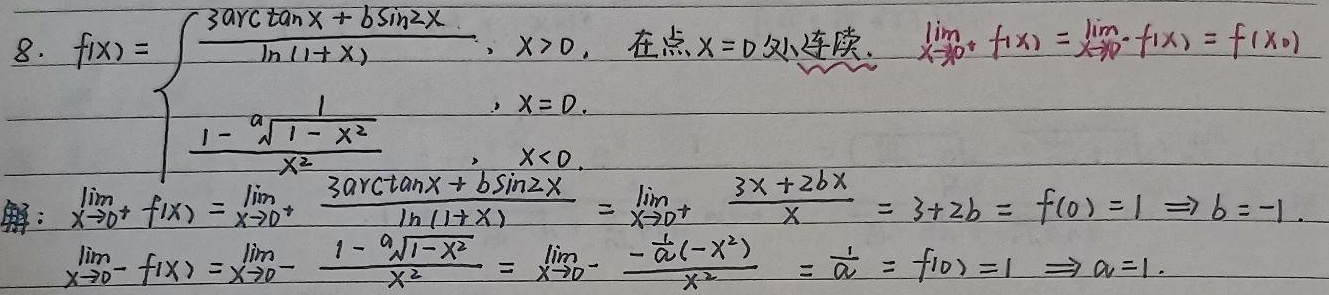
已知函数\(f(x)=\begin{cases}\frac{3\arctan x + b\sin 2x}{\ln(1 + x)},&x>0\\1,&x = 0\\\frac{1-\sqrt[a]{1 - x^{2}}}{x^{2}},&x<0\end{cases}\)在点\(x = 0\)处连续，即\(\lim\limits_{x\rightarrow0^{+}}f(x)=\lim\limits_{x\rightarrow0^{-}}f(x)=f(0)\)。

解：
\(\lim\limits_{x\rightarrow0^{+}}f(x)=\lim\limits_{x\rightarrow0^{+}}\frac{3\arctan x + b\sin 2x}{\ln(1 + x)}=\lim\limits_{x\rightarrow0^{+}}\frac{3x + 2bx}{x}=3 + 2b=f(0)=1\)，解得\(b=-1\)。

\(\lim\limits_{x\rightarrow0^{-}}f(x)=\lim\limits_{x\rightarrow0^{-}}\frac{1-\sqrt[a]{1 - x^{2}}}{x^{2}}=\lim\limits_{x\rightarrow0^{-}}\frac{-\frac{1}{a}(-x^{2})}{x^{2}}=\frac{1}{a}=f(0)=1\)，解得\(a = 1\)。